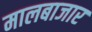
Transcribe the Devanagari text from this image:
मालबाजार